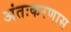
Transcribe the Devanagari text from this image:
अंतःकरणास